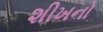
શીખનો